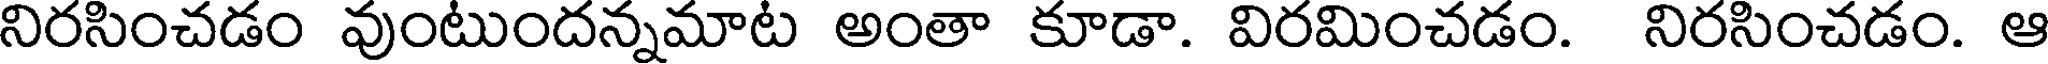
నిరసించడం వుంటుందన్నమాట అంతా కూడా. విరమించడం. నిరసించడం. ఆ